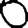
Digit: 0